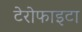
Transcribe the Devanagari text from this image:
टेरोफाइटा